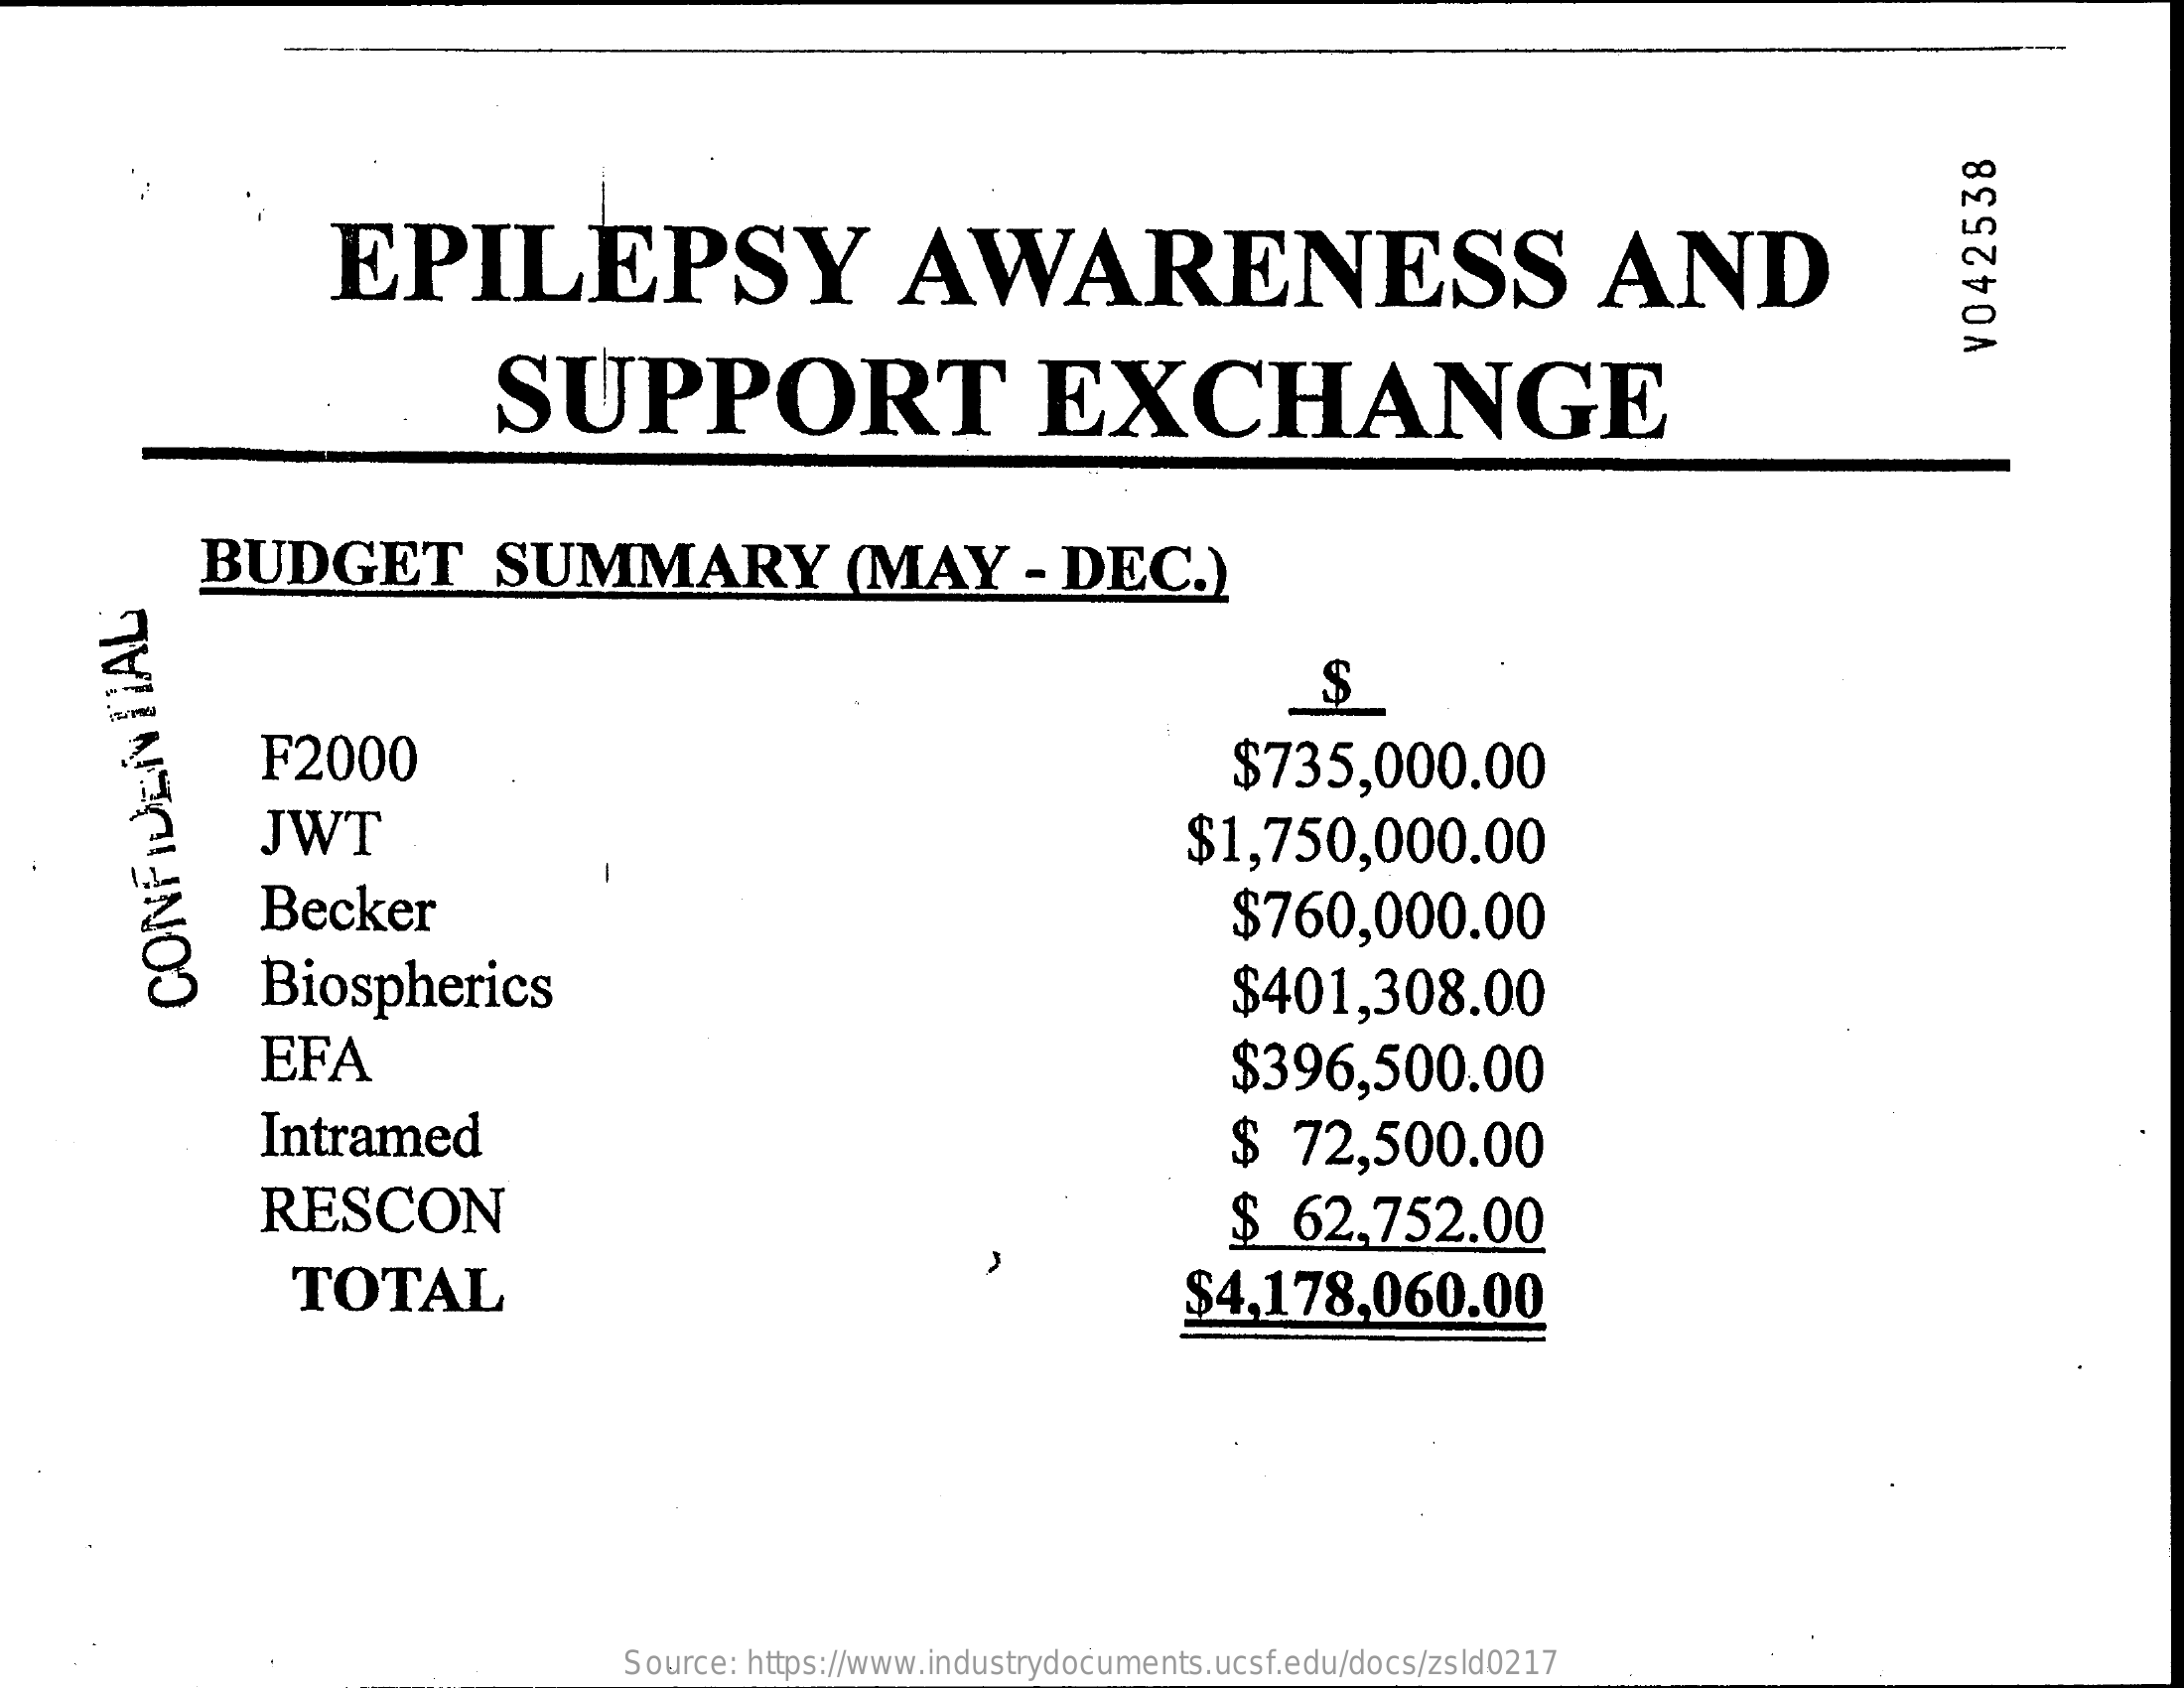
EPILEPSY    AWARENESS    AND
     SUPPORT    EXCHANGE
     ¥042538
     BUDGET    SUMMARY    (MAY    - DEC.)
     $
     F2000    $735,000.00
     JWT    $1,750,000.00
     Becker    $760,000.00
     Biospherics    $401,308.00
     CONFIDENTIAL
     EFA    $396,500.00
     Intramed    $   72,500.00
     RESCON    $  62,752.00
     TOTAL    $4,178,060.00
     Source: https://www.industrydocuments.ucsf.edu/docs/zsld0217